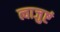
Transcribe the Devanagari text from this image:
त्वाजुष्टं